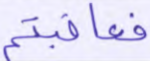
فعاقبتم